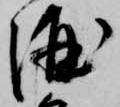
酒